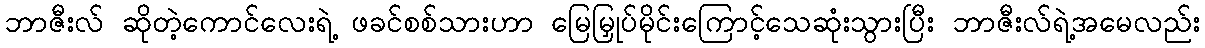
ဘာဇီးလ် ဆိုတဲ့ကောင်လေးရဲ့ ဖခင်စစ်သားဟာ မြေမြှုပ်မိုင်းကြောင့်သေဆုံးသွားပြီး ဘာဇီးလ်ရဲ့အမေလည်း